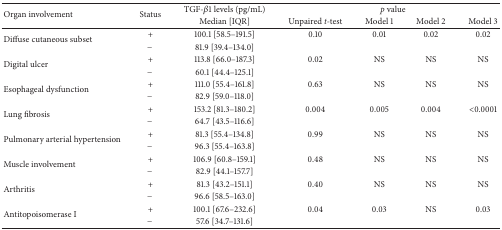
<table><thead><tr><td rowspan="2"><b>Organ involvement</b></td><td rowspan="2"><b>Status</b></td><td><b>TGF-<i>β</i>1 levels (pg/mL)</b></td><td colspan="4"><b><i>p</i> value</b></td></tr><tr><td><b>Median [IQR]</b></td><td><b>Unpaired <i>t-</i>test</b></td><td><b>Model 1</b></td><td><b>Model 2</b></td><td><b>Model 3</b></td></tr></thead><tbody><tr><td rowspan="2">Diffuse cutaneous subset</td><td>+</td><td>100.1 [58.5–191.5]</td><td>0.10</td><td>0.01</td><td>0.02</td><td>0.02</td></tr><tr><td>−</td><td>81.9 [39.4–134.0]</td><td> </td><td> </td><td> </td><td> </td></tr><tr><td rowspan="2">Digital ulcer</td><td>+</td><td>113.8 [66.0–187.3]</td><td>0.02</td><td>NS</td><td>NS</td><td>NS</td></tr><tr><td>−</td><td>60.1 [44.4–125.1]</td><td> </td><td> </td><td> </td><td> </td></tr><tr><td rowspan="2">Esophageal dysfunction</td><td>+</td><td>111.0 [55.4–161.8]</td><td>0.63</td><td>NS</td><td>NS</td><td>NS</td></tr><tr><td>−</td><td>82.9 [59.0–118.0]</td><td> </td><td> </td><td> </td><td> </td></tr><tr><td rowspan="2">Lung fibrosis</td><td>+</td><td>153.2 [81.3–180.2]</td><td>0.004</td><td>0.005</td><td>0.004</td><td>&lt;0.0001</td></tr><tr><td>−</td><td>64.7 [43.5–116.6]</td><td> </td><td> </td><td> </td><td> </td></tr><tr><td rowspan="2">Pulmonary arterial hypertension</td><td>+</td><td>81.3 [55.4–134.8]</td><td>0.99</td><td>NS</td><td>NS</td><td>NS</td></tr><tr><td>−</td><td>96.3 [55.4–163.8]</td><td> </td><td> </td><td> </td><td> </td></tr><tr><td rowspan="2">Muscle involvement</td><td>+</td><td>106.9 [60.8–159.1]</td><td>0.48</td><td>NS</td><td>NS</td><td>NS</td></tr><tr><td>−</td><td>82.9 [44.1–157.7]</td><td> </td><td> </td><td> </td><td> </td></tr><tr><td rowspan="2">Arthritis</td><td>+</td><td>81.3 [43.2–151.1]</td><td>0.40</td><td>NS</td><td>NS</td><td>NS</td></tr><tr><td>−</td><td>96.6 [58.5–163.0]</td><td> </td><td> </td><td> </td><td> </td></tr><tr><td rowspan="2">Antitopoisomerase I</td><td>+</td><td>100.1 [67.6–232.6]</td><td>0.04</td><td>0.03</td><td>NS</td><td>0.03</td></tr><tr><td>−</td><td>57.6 [34.7–131.6]</td><td> </td><td> </td><td> </td><td> </td></tr></tbody></table>